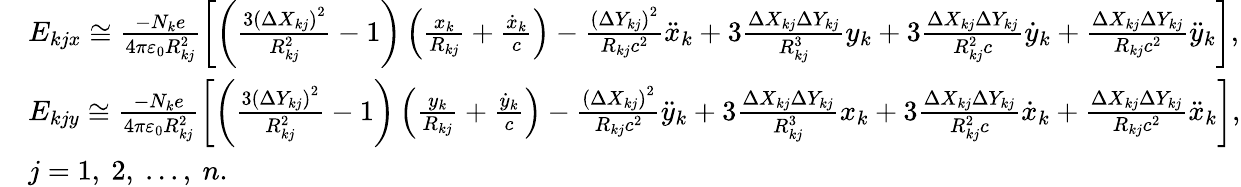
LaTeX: \begin{array}{rl}&{E_{kjx}\cong\frac{-N_{k}e}{4\pi\varepsilon_{0}R_{kj}^{2}}\left[\left(\frac{3\left(\Delta X_{kj}\right)^{2}}{R_{kj}^{2}}-1\right)\left(\frac{x_{k}}{R_{kj}}+\frac{\dot{x}_{k}}{c}\right)-\frac{\left(\Delta Y_{kj}\right)^{2}}{R_{kj}c^{2}}\ddot{x}_{k}+3\frac{\Delta X_{kj}\Delta Y_{kj}}{R_{kj}^{3}}y_{k}+3\frac{\Delta X_{kj}\Delta Y_{kj}}{R_{kj}^{2}c}\dot{y}_{k}+\frac{\Delta X_{kj}\Delta Y_{kj}}{R_{kj}c^{2}}\ddot{y}_{k}\right],}\\ &{E_{kjy}\cong\frac{-N_{k}e}{4\pi\varepsilon_{0}R_{kj}^{2}}\left[\left(\frac{3\left(\Delta Y_{kj}\right)^{2}}{R_{kj}^{2}}-1\right)\left(\frac{y_{k}}{R_{kj}}+\frac{\dot{y}_{k}}{c}\right)-\frac{\left(\Delta X_{kj}\right)^{2}}{R_{kj}c^{2}}\ddot{y}_{k}+3\frac{\Delta X_{kj}\Delta Y_{kj}}{R_{kj}^{3}}x_{k}+3\frac{\Delta X_{kj}\Delta Y_{kj}}{R_{kj}^{2}c}\dot{x}_{k}+\frac{\Delta X_{kj}\Delta Y_{kj}}{R_{kj}c^{2}}\ddot{x}_{k}\right],}\\ &{j=1,~2,~...,~n.}\end{array}